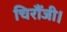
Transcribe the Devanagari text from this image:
चिरौंजी।